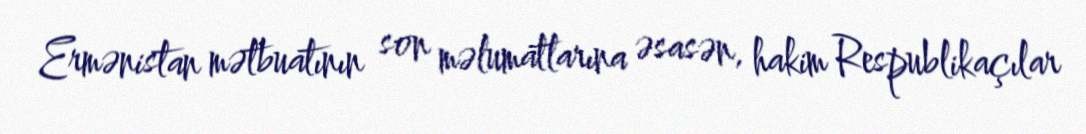
Ermənistan mətbuatının son məlumatlarına əsasən, hakim Respublikaçılar